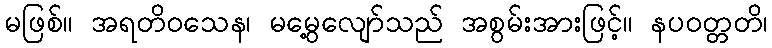
မဖြစ်။ အရတိဝသေန၊ မမွေ့လျော်သည် အစွမ်းအားဖြင့်။ နပဝတ္တတိ၊